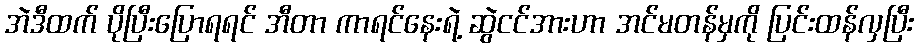
အဲဒီထက် ပိုပြီးပြောရရင် အီတာ ကာရင်နေးရဲ့ ဆွဲငင်အားဟာ အင်မတန်မှကို ပြင်းထန်လှပြီး